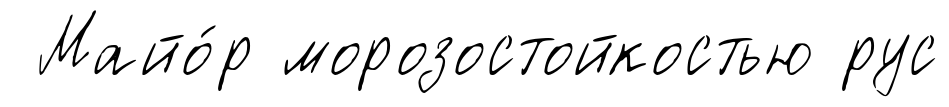
Майо́р морозостойкостью рус